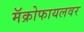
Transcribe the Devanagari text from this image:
मॅक्रोफायलवर